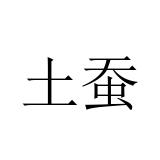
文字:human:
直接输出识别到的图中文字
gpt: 土蚕